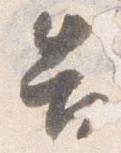
告